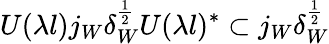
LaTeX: U(\lambda l)j_{W}\delta_{W}^{\frac{1}{2}}U(\lambda l)^{*}\subset j_{W}\delta_{W}^{\frac{1}{2}}